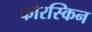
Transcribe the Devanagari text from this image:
फोरस्किन